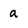
Character: a